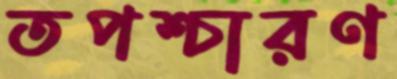
তপশ্চারণ